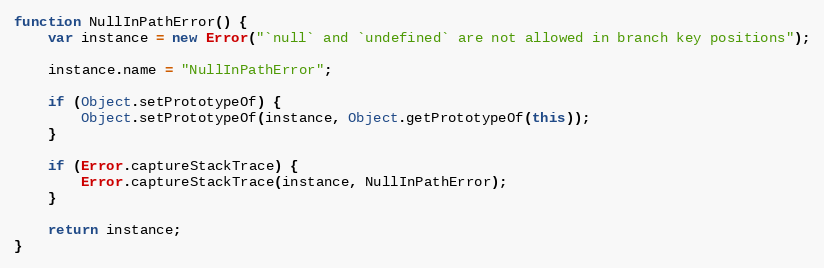
Language: JavaScript
function NullInPathError() {
    var instance = new Error("`null` and `undefined` are not allowed in branch key positions");

    instance.name = "NullInPathError";

    if (Object.setPrototypeOf) {
        Object.setPrototypeOf(instance, Object.getPrototypeOf(this));
    }

    if (Error.captureStackTrace) {
        Error.captureStackTrace(instance, NullInPathError);
    }

    return instance;
}